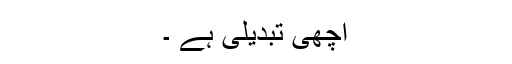
اچھی تبدیلی ہے ۔